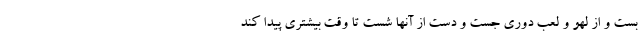
بست و از لهو و لعب دوری جست و دست از آنها شست تا وقت بیشتری پیدا کند